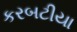
કરબટીયા